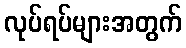
လုပ်ရပ်များအတွက်